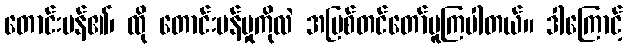
တောင်းပန်၏၊ ထို တောင်းပန်မှုကိုလဲ အပြစ်တင်တော်မူကြပါတယ်။ ဒါကြောင့်